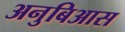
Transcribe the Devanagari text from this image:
अनुबिआस